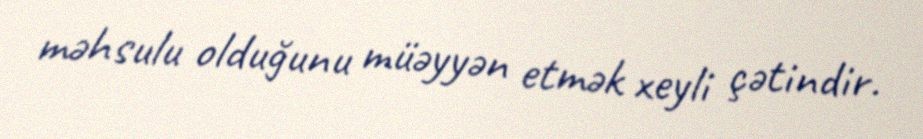
məhsulu olduğunu müəyyən etmək xeyli çətindir.